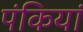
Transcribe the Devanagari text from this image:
पंकियां